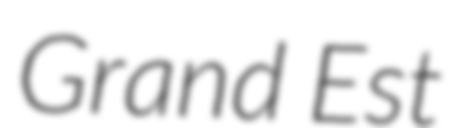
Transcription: Grand Est